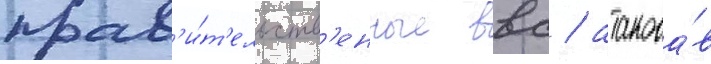
прав'и́т'ельств'енные ввс / атакова́в